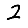
Digit: 2